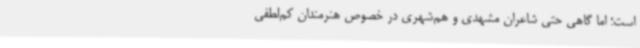
است؛ اما گاهی حتی شاعران مشهدی و هم‌شهری در خصوص هنرمندان کم‌لطفی